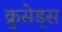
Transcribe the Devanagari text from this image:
क्रुसेड्स